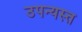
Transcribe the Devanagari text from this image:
उपन्यस्त